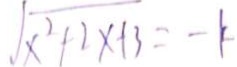
\sqrt { x ^ { 2 } + 2 \times 1 3 } = - 1